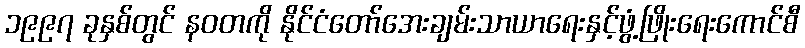
၁၉၉၇ ခုနှစ်တွင် နဝတကို နိုင်ငံတော်အေးချမ်းသာယာရေးနှင့်ဖွံ့ဖြိုးရေးကောင်စီ